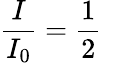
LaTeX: {\frac{I}{I_{0}}}={\frac{1}{2}}\quad